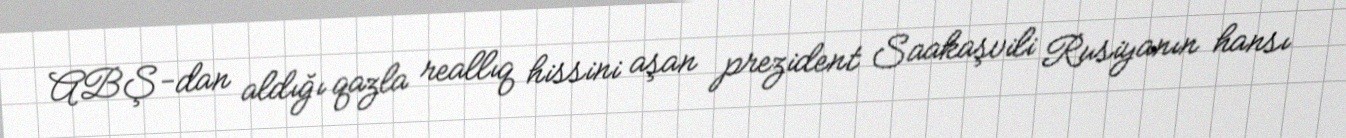
ABŞ-dan aldığı qazla reallıq hissini aşan prezident Saakaşvili Rusiyanın hansı